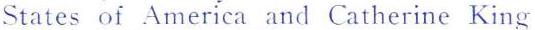
States of America and Catherine King